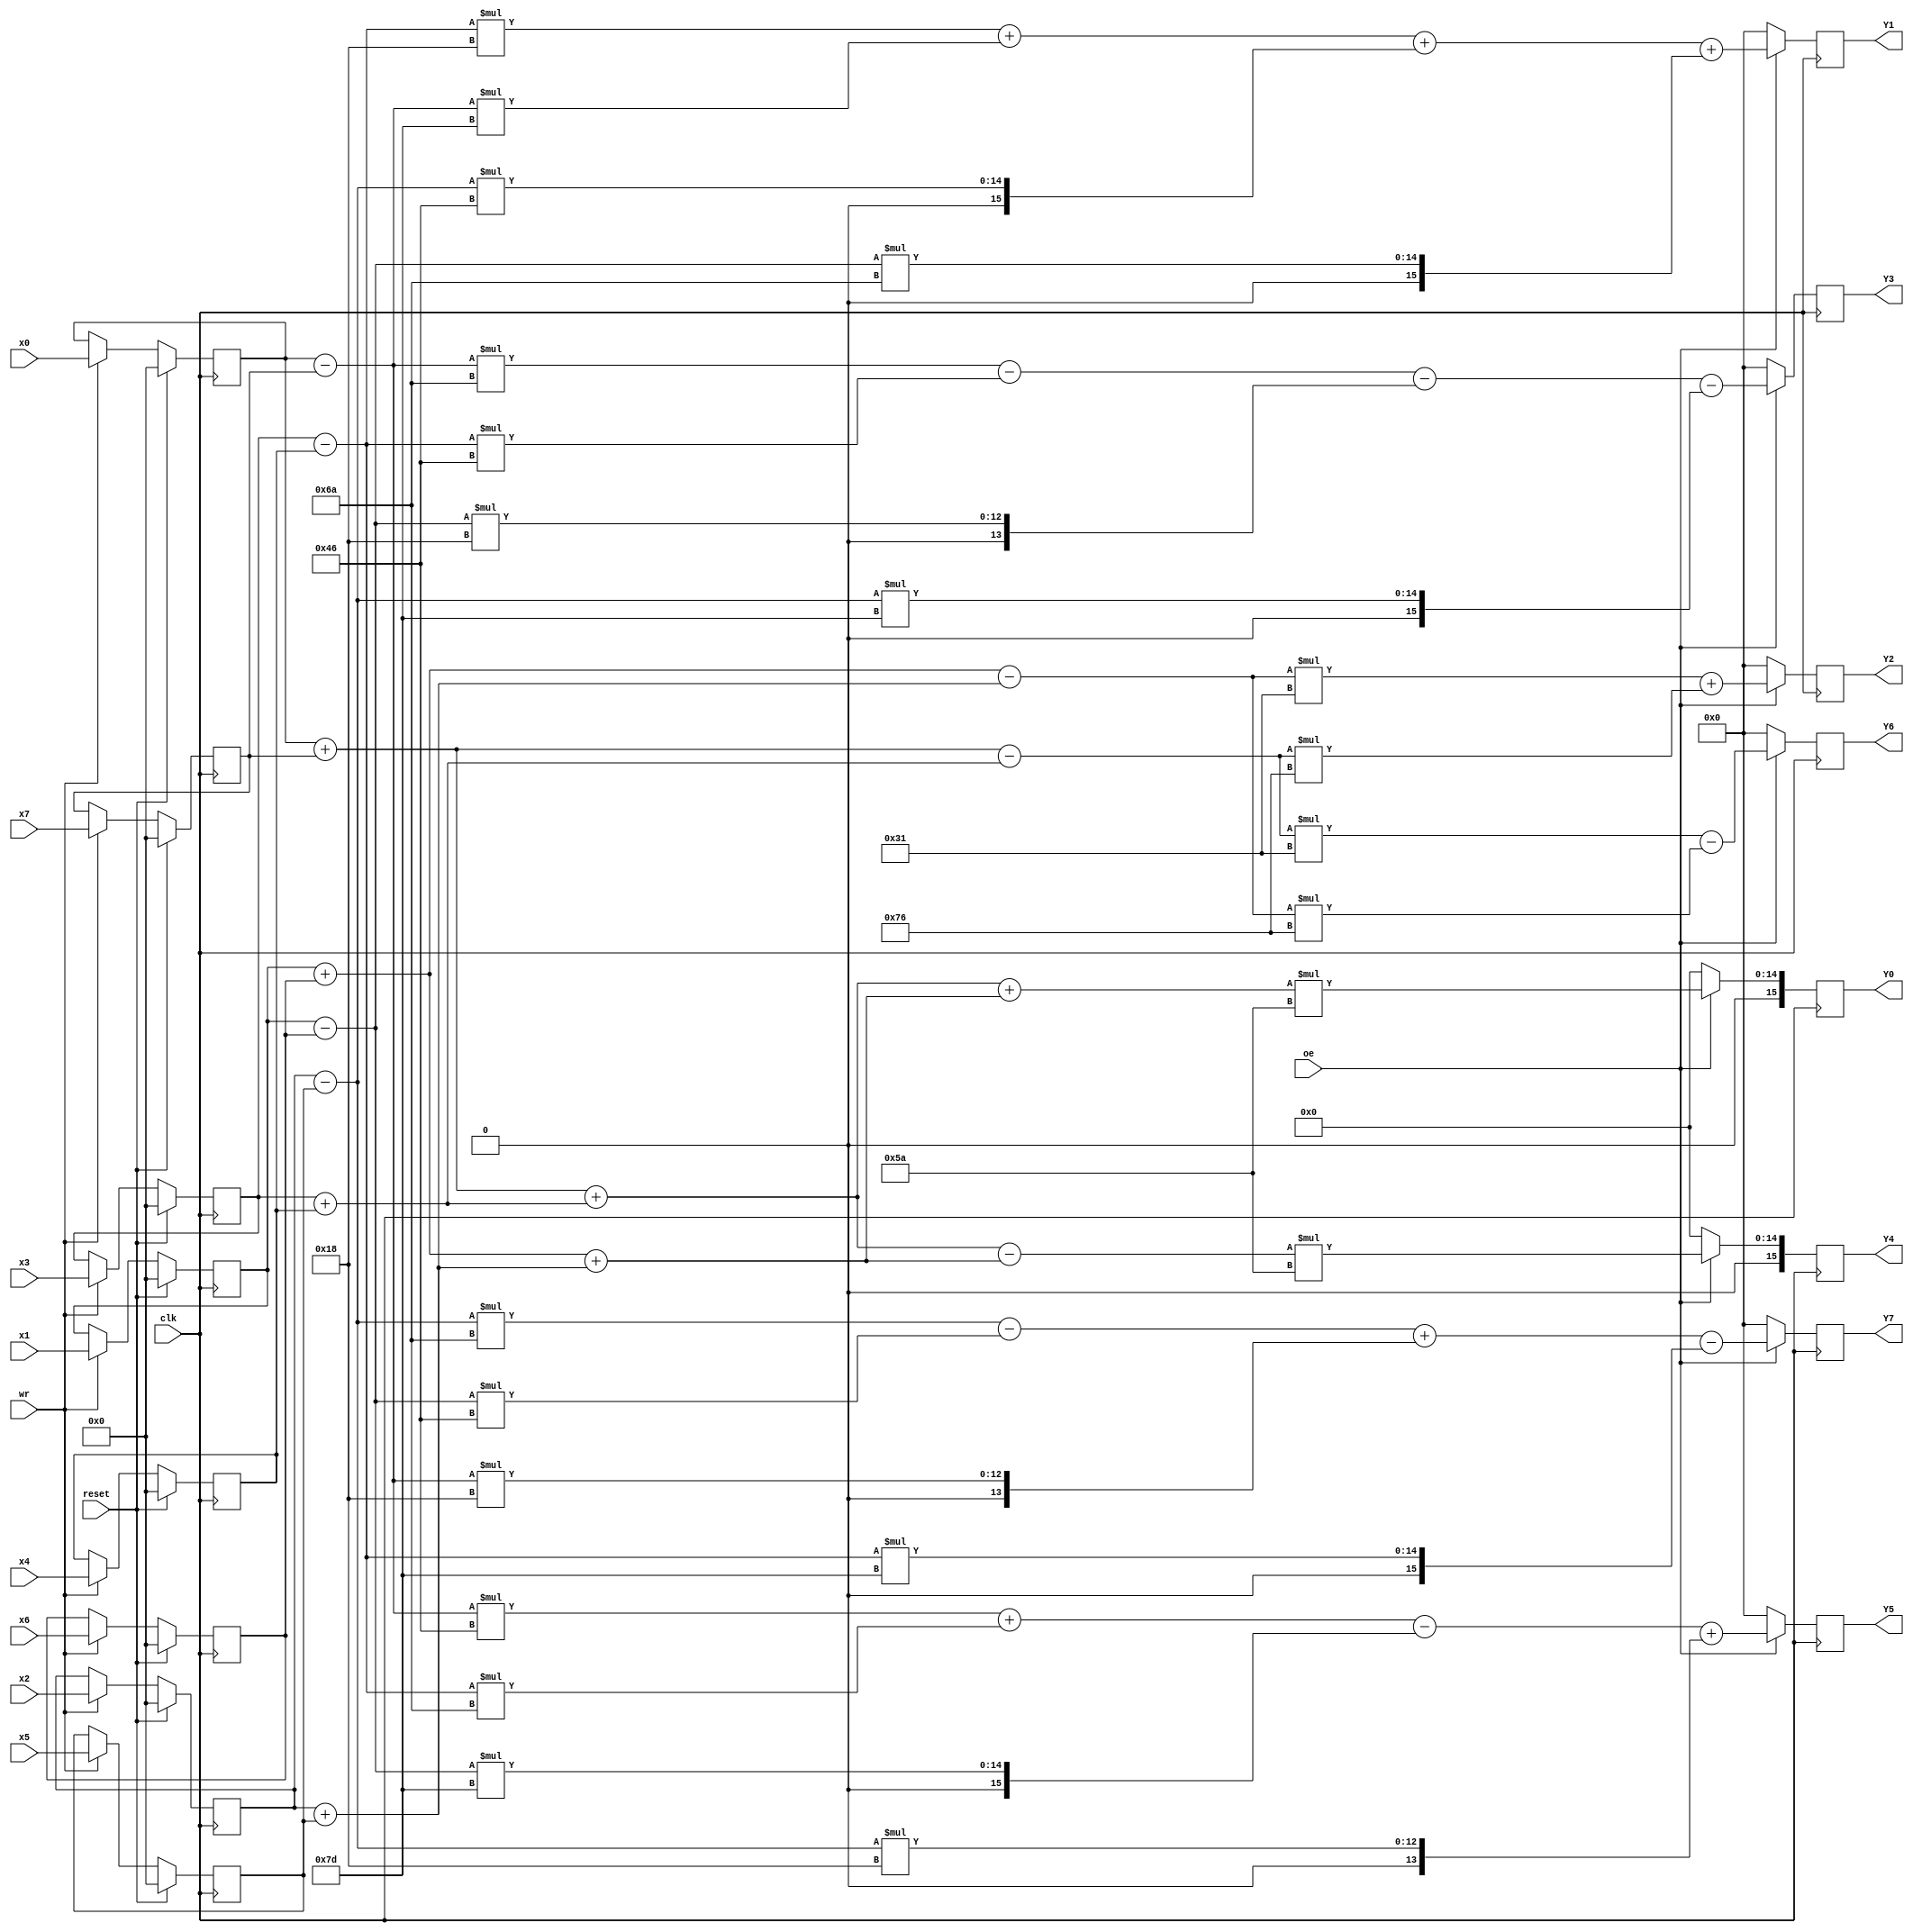
`timescale 1ns / 1ps
//////////////////////////////////////////////////////////////////////////////////
// Company: UoH 
// 
// Design Name: 
// Module Name: dct
// Project Name: 8 Point DCT
// Target Devices: 
// Tool Versions: 
// Description: 
// 
// Dependencies: 
// 
// Revision:
// Revision 0.01 - File Created
// Additional Comments:
// 
//////////////////////////////////////////////////////////////////////////////////

module dct(
	input clk,			                                   //	input clock
	input reset,		  	                                   //	reset
	input wr,		                                           //	writing data to memory
	input oe,		                                           //	displaying the final output
	input [7:0]x0,x1,x2,x3,x4,x5,x6,x7,	                                           //	8-bit data input
	output reg [15:0]Y0,Y1,Y2,Y3,Y4,Y5,Y6,Y7                                           //	8-bit data output
	);	                                        

reg signed [7:0] M0,M1,M2,M3,P0,P1,P2,P3;		            //	 wire for 1-stage butterfly
reg signed [7:0] P10,M10,P11,M11;		            //	wire for 2-stage butterfly
reg signed [7:0] P100,M100;                  // wire for 3-stage butterfly
reg signed [15:0] M1C7,M1C1,M3C5,M3C3,M0C5,M0C3,M1C5,M1C3,M3C1,M3C7,M2C1,M2C7,M11C6,M11C2,M0C7,M0C1,M2C5,M2C3,M10C6,M10C2;         // partial products
reg signed [15:0] X0,X1,X2,X3,X4,X5,X6,X7;                                                   // output drivers

wire [7:0] C5= 8'h46,//0.55,                                                  // 0.55  // ci = cos (i*pi/2*N)
		   C6= 8'h31,//0.38,                                                  // 0.38
		   C7= 8'h18,//0.19,                                                  // 0.19
		   C4= 8'h5A,//0.70,
		   C3= 8'h6A,//0.83,                                                   // 0.83 // si = sin (i*pi/2*N)
		   C2= 8'h76,//0.92,                                                   // 0.92
		   C1= 8'h7D;//0.98;                                                   // 0.98 
				
reg [7:0]x[7:0];	                                    //	8-bit 8 locations data storage after reading
integer i;
/****************************WRITING DATA TO MEMORY***********************/
always @( posedge clk) begin
    if(reset) begin 
        for (i = 0; i<8; i = i+1)
            x[i] = 0;
    end
    else if(wr) begin
        x[0] = x0;
		x[1] = x1;
		x[2] = x2;
		x[3] = x3;
		x[4] = x4;
		x[5] = x5;
		x[6] = x6;
		x[7] = x7;
    end;
end

always @(posedge clk) begin
    if(oe) begin
/*****************************1-STAGE BUTTERFLY****************************/
        P0 = x[0]+x[7];
        P1 = x[3]+x[4];
        P2 = x[1]+x[6];
        P3 = x[2]+x[5];

        M0 = x[0]-x[7];
        M1 = x[3]-x[4];
        M2 = x[1]-x[6];
        M3 = x[2]-x[5];

/******************************2-STAGE BUTTERFLY**************************/
        P10 = P0+P1;
        P11 = P2+P3;

        M10 = P0-P1;
        M11 = P2-P3;

        M1C7 = M1*C7;
        M1C1 = M1*C1;
        M0C7 = M0*C7;
        M0C1 = M0*C1;
        M3C5 = M3*C5;
        M3C3 = M3*C3;
        M2C5 = M2*C5;
        M2C3 = M2*C3;
        M0C5 = M0*C5;
        M0C3 = M0*C3;
        M1C5 = M1*C5;
        M1C3 = M1*C3;
        M3C1 = M3*C1;
        M3C7 = M3*C7;
        M2C1 = M2*C1;
        M2C7 = M2*C7;

/*****************************3-STAGE BUTTERFLY****************************/
        P100 = P10+P11;
        M100 = P10-P11;

        M11C6 = M11*C6;
        M11C2 = M11*C2;
        M10C6 = M10*C6;
        M10C2 = M10*C2;

        X0 = (P100*C4);       //X(0)
        X4 = (M100*C4);       //X(4)

        X2 = M11C6+M10C2;     //X(2)
        X6 = M10C6-M11C2;     //X(6)

        X1 = M1C7+M0C1+M3C5+M2C3;      //X(1)
        X7 = M3C3-M2C5+M0C7-M1C1;      //X(7)

        X3 = M0C3-M1C5-M2C7-M3C1;      //X(3)
        X5 = M0C5+M1C3-M2C1+M3C7;      //X(5)


/**************DISPLAY THE FINAL OUTPUT ACC. TO ADDRESS GIVEN*************/
    
        Y0= X0;
	    Y1= X1;
	    Y2= X2;
	    Y3= X3;
	    Y4= X4;
	    Y5= X5;
	    Y6= X6;
	    Y7= X7;
    end
    else begin
        Y0= 0;
	    Y1= 0;
	    Y2= 0;
	    Y3= 0;
	    Y4= 0;
	    Y5= 0;
	    Y6= 0;
	    Y7= 0;
    end
end
endmodule